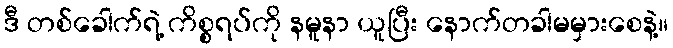
ဒီ တစ်ခေါက်ရဲ့ ကိစ္စရပ်ကို နမူနာ ယူပြီး နောက်တခါမမှားစေနဲ့။